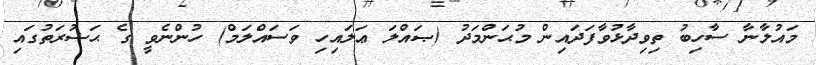
މައުލާނާ ސާހިބު ތިވިދާޅުވާފަދައިން މުޙަންމަދު (ޞައްލަ ޢަލައިހި ވަސައްލަމް) ހުންނެވީ ގެ ޙަޟުރަތުގައި